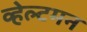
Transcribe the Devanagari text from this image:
व्हेल्टमन